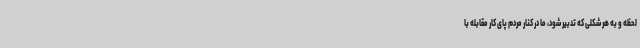
لحظه و به هر شکلی که تدبیر شود، ما در کنار مردم پای کار مقابله با